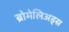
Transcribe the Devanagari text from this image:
ब्रोमेलिअड्स